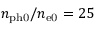
n _ { \mathrm { p h 0 } } / n _ { \mathrm { e 0 } } = 2 5